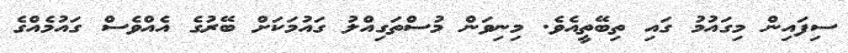
ސިފައިން މިގައުމު ގައި ތިބޭތީއެވެ. މިނިވަން މުސްތަގިއްލު ގައުމަކަށް ބޭރުގެ އެއްވެސް ގައުމެއްގެ